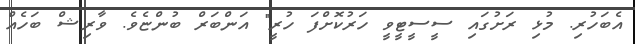
އެބަހުރި. މުޅި ރަށުގައި ސީސީޓީވީ ހަރުކޮށްފަ ހުރީ" އަންބަރް ބުންޏެވެ. ވާރިޝް ބަހެއް